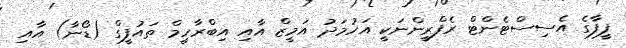
ފީފާގެ އެސިސްޓެންޓް ރެފްރީންނަކީ އަހުމަދު އަމީޒް އާއި އިބްރާހީމް ތައުފީގް (ޑޯނާ) އާއި